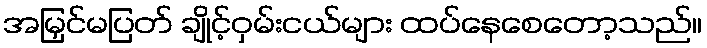
အမြှင်မပြတ် ချိုင့်ဝှမ်းငယ်များ ထပ်နေစေတော့သည်။